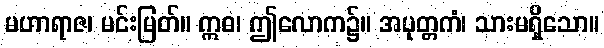
မဟာရာဇ၊ မင်းမြတ်။ ဣဓ၊ ဤလောက၌။ အပုတ္တကံ၊ သားမရှိသော။